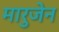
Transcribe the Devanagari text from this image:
मारुजेन